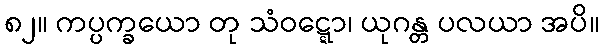
၈၂။ ကပ္ပက္ခယော တု သံဝဋ္ဋော၊ ယုဂန္တ ပလယာ အပိ။